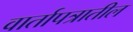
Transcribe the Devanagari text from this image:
वार्तापत्रातील